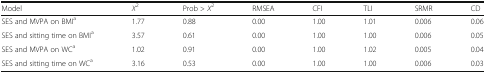
<table><thead><tr><td><b>Model</b></td><td><b><i>X</i><sup>2</sup></b></td><td><b>Prob &gt; <i>X</i><sup>2</sup></b></td><td><b>RMSEA</b></td><td><b>CFI</b></td><td><b>TLI</b></td><td><b>SRMR</b></td><td><b>CD</b></td></tr></thead><tbody><tr><td>SES and MVPA on BMI<sup>a</sup></td><td>1.77</td><td>0.88</td><td>0.00</td><td>1.00</td><td>1.01</td><td>0.006</td><td>0.06</td></tr><tr><td>SES and sitting time on BMI<sup>a</sup></td><td>3.57</td><td>0.61</td><td>0.00</td><td>1.00</td><td>1.00</td><td>0.006</td><td>0.05</td></tr><tr><td>SES and MVPA on WC<sup>a</sup></td><td>1.02</td><td>0.91</td><td>0.00</td><td>1.00</td><td>1.02</td><td>0.005</td><td>0.04</td></tr><tr><td>SES and sitting time on WC<sup>a</sup></td><td>3.16</td><td>0.53</td><td>0.00</td><td>1.00</td><td>1.00</td><td>0.006</td><td>0.03</td></tr></tbody></table>